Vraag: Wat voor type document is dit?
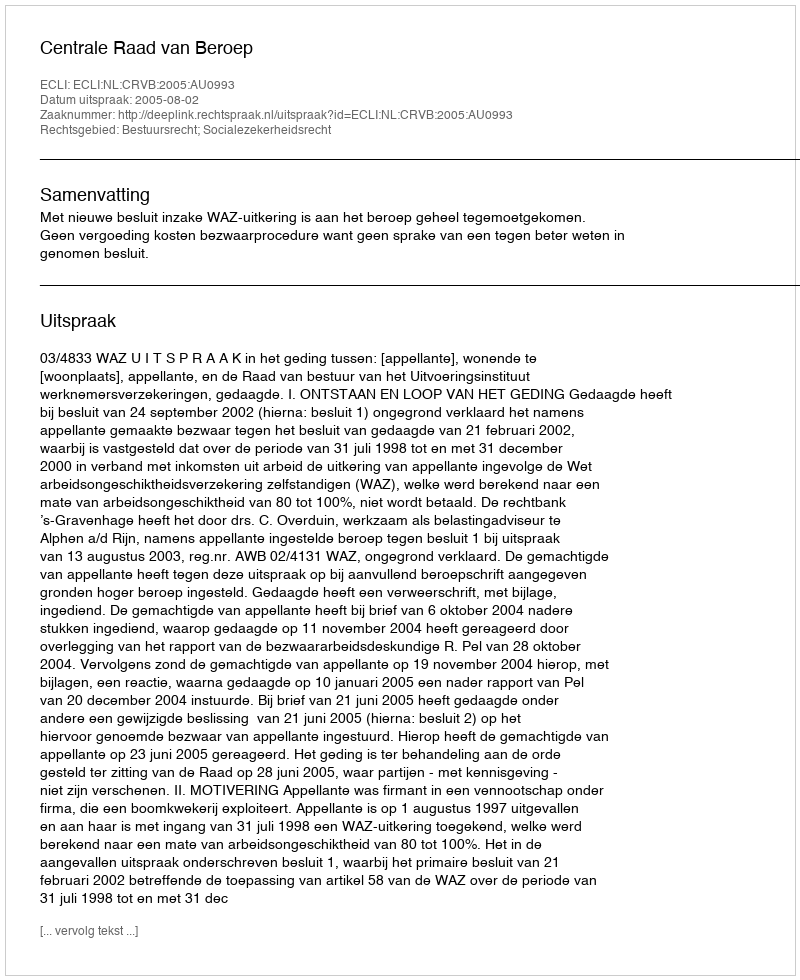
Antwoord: Uitspraak